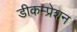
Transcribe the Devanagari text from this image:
डीकम्प्रेशन